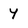
Character: y